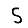
Digit: 5